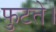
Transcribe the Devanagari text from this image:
फुटते।